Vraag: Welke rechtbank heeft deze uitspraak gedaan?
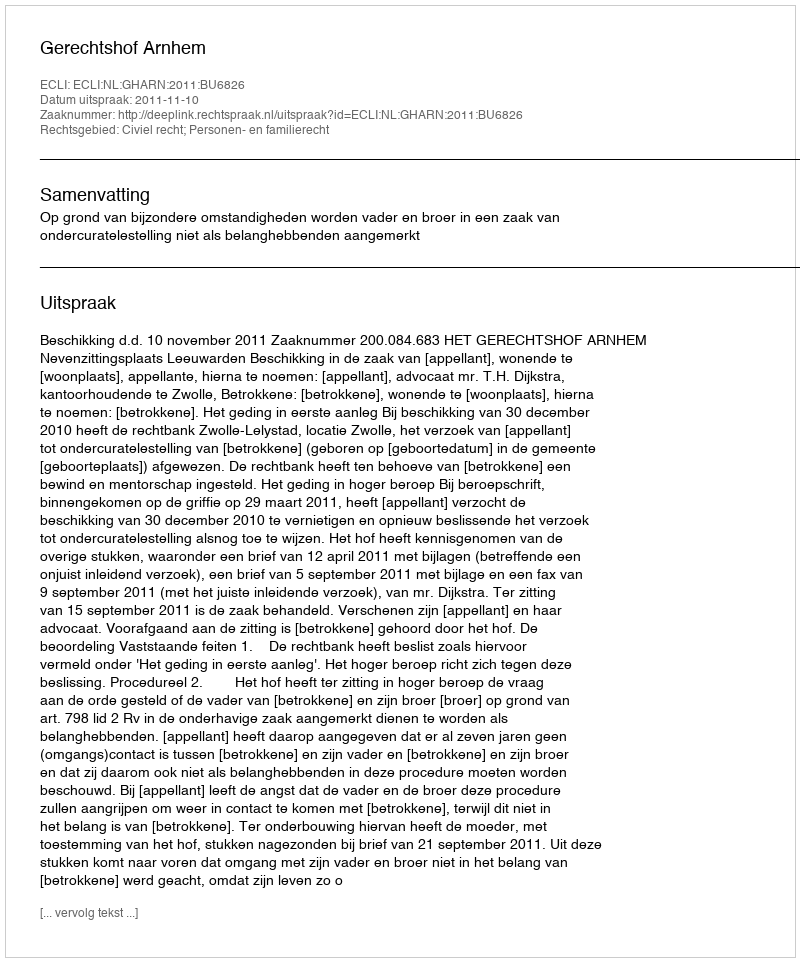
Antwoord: Gerechtshof Arnhem